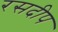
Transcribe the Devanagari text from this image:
रसदीप